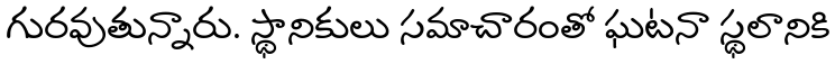
గురవుతున్నారు. స్థానికులు సమాచారంతో ఘటనా స్థలానికి